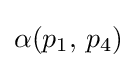
\alpha (p_{1},\,p_{4})